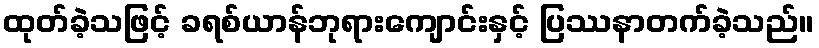
ထုတ်ခဲ့သဖြင့် ခရစ်ယာန်ဘုရားကျောင်းနှင့် ပြဿနာတက်ခဲ့သည်။